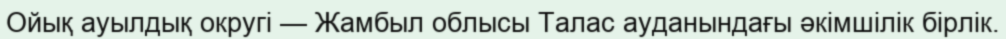
Ойық ауылдық округі — Жамбыл облысы Талас ауданындағы әкімшілік бірлік.